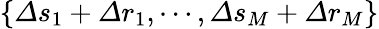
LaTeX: \{ \varDelta s_{1}+\varDelta r_{1},\cdots,\varDelta s_{M}+\varDelta r_{M}\}